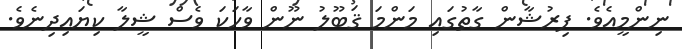
ނިންމީއެވެ. ފިރުޝާން ގާތުގައި މަންމަ ޤަބޫލު ނޫން ވާހަކަ ވެސް ޝީލާ ކިޔައިދިިނެވެ.